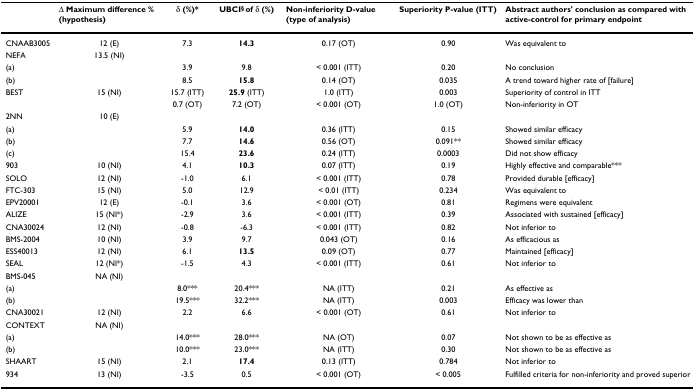
<table><thead><tr><td></td><td><b>Δ Maximum difference % (hypothesis)</b></td><td><b>δ (%)*</b></td><td><b>UBCI<sup>§ </sup>of δ (%)</b></td><td><b>Non-inferiority D-value (type of analysis)</b></td><td><b>Superiority P-value (ITT)</b></td><td><b>Abstract authors&#x27; conclusion as compared with active-control for primary endpoint</b></td></tr></thead><tbody><tr><td>CNAAB3005</td><td>12 (E)</td><td>7.3</td><td><b>14.3</b></td><td>0.17 (OT)</td><td>0.90</td><td>Was equivalent to</td></tr><tr><td>NEFA</td><td>13.5 (NI)</td><td></td><td></td><td></td><td></td><td></td></tr><tr><td>(a)</td><td></td><td>3.9</td><td>9.8</td><td>&lt; 0.001 (ITT)</td><td>0.20</td><td>No conclusion</td></tr><tr><td>(b)</td><td></td><td>8.5</td><td><b>15.8</b></td><td>0.14 (OT)</td><td>0.035</td><td>A trend toward higher rate of [failure]</td></tr><tr><td>BEST</td><td>15 (NI)</td><td>15.7 (ITT)</td><td><b>25.9 </b>(ITT)</td><td>1.0 (ITT)</td><td>0.003</td><td>Superiority of control in ITT</td></tr><tr><td></td><td></td><td>0.7 (OT)</td><td>7.2 (OT)</td><td>&lt; 0.001 (OT)</td><td>1.0 (OT)</td><td>Non-inferiority in OT</td></tr><tr><td>2NN</td><td>10 (E)</td><td></td><td></td><td></td><td></td><td></td></tr><tr><td>(a)</td><td></td><td>5.9</td><td><b>14.0</b></td><td>0.36 (ITT)</td><td>0.15</td><td>Showed similar efficacy</td></tr><tr><td>(b)</td><td></td><td>7.7</td><td><b>14.6</b></td><td>0.56 (OT)</td><td>0.091**</td><td>Showed similar efficacy</td></tr><tr><td>(c)</td><td></td><td>15.4</td><td><b>23.6</b></td><td>0.24 (ITT)</td><td>0.0003</td><td>Did not show efficacy</td></tr><tr><td>903</td><td>10 (NI)</td><td>4.1</td><td><b>10.3</b></td><td>0.07 (ITT)</td><td>0.19</td><td>Highly effective and comparable***</td></tr><tr><td>SOLO</td><td>12 (NI)</td><td>-1.0</td><td>6.1</td><td>&lt; 0.001 (ITT)</td><td>0.78</td><td>Provided durable [efficacy]</td></tr><tr><td>FTC-303</td><td>15 (NI)</td><td>5.0</td><td>12.9</td><td>&lt; 0.01 (ITT)</td><td>0.234</td><td>Was equivalent to</td></tr><tr><td>EPV20001</td><td>12 (E)</td><td>-0.1</td><td>3.6</td><td>&lt; 0.001 (OT)</td><td>0.81</td><td>Regimens were equivalent</td></tr><tr><td>ALIZE</td><td>15 (NI*)</td><td>-2.9</td><td>3.6</td><td>&lt; 0.001 (ITT)</td><td>0.39</td><td>Associated with sustained [efficacy]</td></tr><tr><td>CNA30024</td><td>12 (NI)</td><td>-0.8</td><td>-6.3</td><td>&lt; 0.001 (ITT)</td><td>0.82</td><td>Not inferior to</td></tr><tr><td>BMS-2004</td><td>10 (NI)</td><td>3.9</td><td>9.7</td><td>0.043 (OT)</td><td>0.16</td><td>As efficacious as</td></tr><tr><td>ESS40013</td><td>12 (NI)</td><td>6.1</td><td><b>13.5</b></td><td>0.09 (OT)</td><td>0.77</td><td>Maintained [efficacy]</td></tr><tr><td>SEAL</td><td>12 (NI*)</td><td>-1.5</td><td>4.3</td><td>&lt; 0.001 (ITT)</td><td>0.61</td><td>Not inferior to</td></tr><tr><td>BMS-045</td><td>NA (NI)</td><td></td><td></td><td></td><td></td><td></td></tr><tr><td>(a)</td><td></td><td>8.0***</td><td>20.4***</td><td>NA (ITT)</td><td>0.21</td><td>As effective as</td></tr><tr><td>(b)</td><td></td><td>19.5***</td><td>32.2***</td><td>NA (ITT)</td><td>0.003</td><td>Efficacy was lower than</td></tr><tr><td>CNA30021</td><td>12 (NI)</td><td>2.2</td><td>6.6</td><td>&lt; 0.001 (OT)</td><td>0.61</td><td>Not inferior to</td></tr><tr><td>CONTEXT</td><td>NA (NI)</td><td></td><td></td><td></td><td></td><td></td></tr><tr><td>(a)</td><td></td><td>14.0***</td><td>28.0***</td><td>NA (OT)</td><td>0.07</td><td>Not shown to be as effective as</td></tr><tr><td>(b)</td><td></td><td>10.0***</td><td>23.0***</td><td>NA (ITT)</td><td>0.30</td><td>Not shown to be as effective as</td></tr><tr><td>SHAART</td><td>15 (NI)</td><td>2.1</td><td><b>17.4</b></td><td>0.13 (ITT)</td><td>0.784</td><td>Not inferior to</td></tr><tr><td>934</td><td>13 (NI)</td><td>-3.5</td><td>0.5</td><td>&lt; 0.001 (OT)</td><td>&lt; 0.005</td><td>Fulfilled criteria for non-inferiority and proved superior</td></tr></tbody></table>